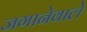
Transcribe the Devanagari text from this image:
जगानेवाले